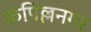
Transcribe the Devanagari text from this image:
कंपिल्लनगर